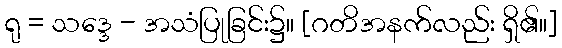
ရု = သဒ္ဒေ - အသံပြုခြင်း၌။ [ဂတိအနက်လည်း ရှိ၏။]